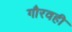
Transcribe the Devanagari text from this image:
गौरवही